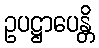
ဥပဋ္ဌာပေန္တိ